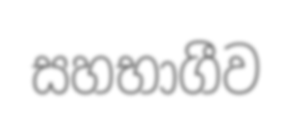
සහභාගීව